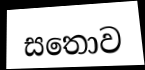
සතොව